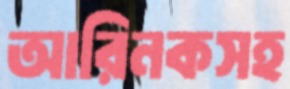
আরিনকসহ